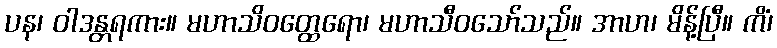
ပန၊ ဝါဒန္တရကား။ မဟာသိဝတ္ထေရော၊ မဟာသီဝသော်သည်။ အာဟ၊ မိန့်ပြီ။ ကိံ၊